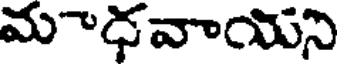
మాధవాయని